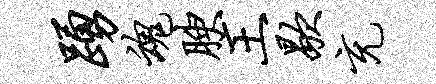
踊魂腴王歇充